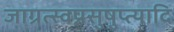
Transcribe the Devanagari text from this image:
जाग्रत्स्वप्नसुषुप्त्यादि